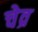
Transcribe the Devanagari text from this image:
चेव्र